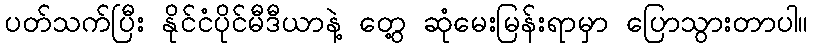
ပတ်သက်ပြီး နိုင်ငံပိုင်မီဒီယာနဲ့ တွေ့ ဆုံမေးမြန်းရာမှာ ပြောသွားတာပါ။